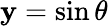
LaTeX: \mathbf{y}=\sin\theta